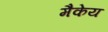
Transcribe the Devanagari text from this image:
मैकेय